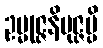
ဥမ္မုဇ္ဇနိမုဇ္ဇမ္ပိ